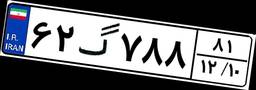
۶۲گ۷۸۸۸۱